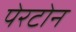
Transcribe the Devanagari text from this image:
पेरटोन